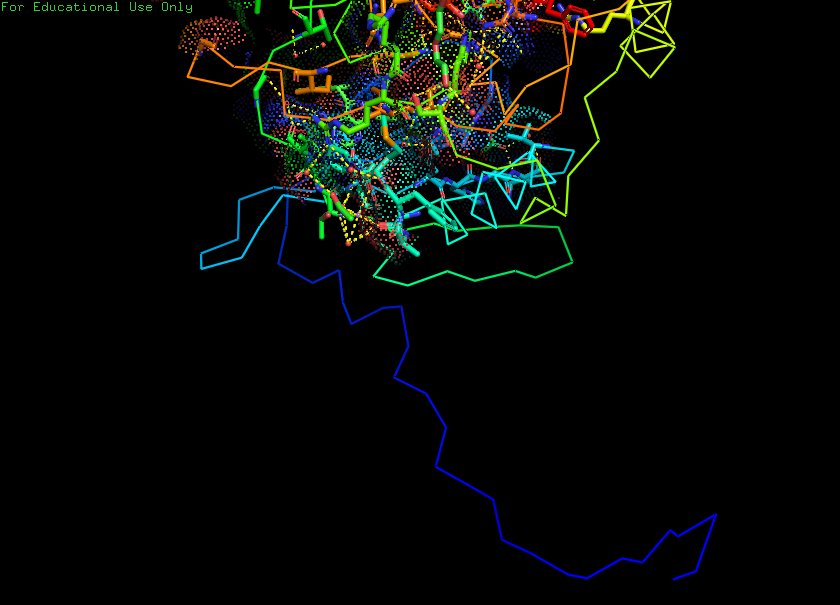
pymol, preset, ligand_sites_dots